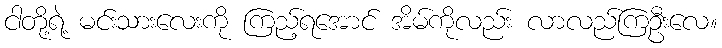
ငါတို့ရဲ့ မင်းသားလေးကို ကြည့်ရအောင် အိမ်ကိုလည်း လာလည်ကြဦးလေ။